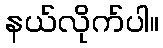
နယ်လိုက်ပါ။